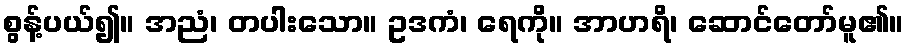
စွန့်ပယ်၍။ အညံ၊ တပါးသော။ ဥဒကံ၊ ရေကို။ အာဟရိ၊ ဆောင်တော်မူ၏။